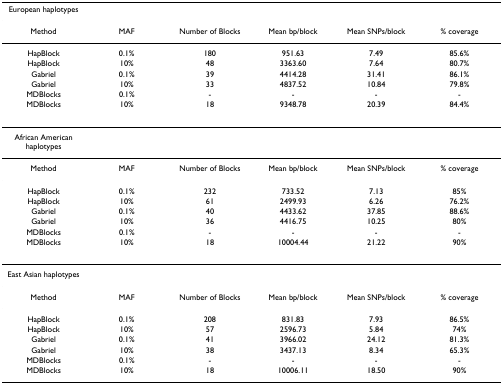
| European haplotypes |  |  |  |  |  |
 | --- | --- | --- | --- | --- | --- |
 | Method | MAF | Number of Blocks | Mean bp/block | Mean SNPs/block | % coverage |
 | HapBlock | 0.1% | 180 | 951.63 | 7.49 | 85.6% |
 | HapBlock | 10% | 48 | 3363.60 | 7.64 | 80.7% |
 | Gabriel | 0.1% | 39 | 4414.28 | 31.41 | 86.1% |
 | Gabriel | 10% | 33 | 4837.52 | 10.84 | 79.8% |
 | MDBlocks | 0.1% | - | - | - | - |
 | MDBlocks | 10% | 18 | 9348.78 | 20.39 | 84.4% |
 | African American haplotypes |  |  |  |  |  |
 | Method | MAF | Number of Blocks | Mean bp/block | Mean SNPs/block | % coverage |
 | HapBlock | 0.1% | 232 | 733.52 | 7.13 | 85% |
 | HapBlock | 10% | 61 | 2499.93 | 6.26 | 76.2% |
 | Gabriel | 0.1% | 40 | 4433.62 | 37.85 | 88.6% |
 | Gabriel | 10% | 36 | 4416.75 | 10.25 | 80% |
 | MDBlocks | 0.1% | - | - | - | - |
 | MDBlocks | 10% | 18 | 10004.44 | 21.22 | 90% |
 | East Asian haplotypes |  |  |  |  |  |
 | Method | MAF | Number of Blocks | Mean bp/block | Mean SNPs/block | % coverage |
 | HapBlock | 0.1% | 208 | 831.83 | 7.93 | 86.5% |
 | HapBlock | 10% | 57 | 2596.73 | 5.84 | 74% |
 | Gabriel | 0.1% | 41 | 3966.02 | 24.12 | 81.3% |
 | Gabriel | 10% | 38 | 3437.13 | 8.34 | 65.3% |
 | MDBlocks | 0.1% | - | - | - | - |
 | MDBlocks | 10% | 18 | 10006.11 | 18.50 | 90% |